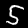
Label: 5